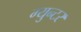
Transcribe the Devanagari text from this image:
ग्युन्टर